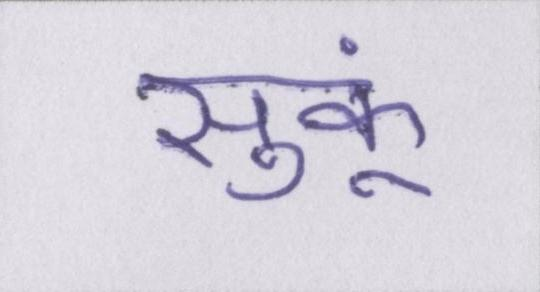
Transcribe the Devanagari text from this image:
सुकूं